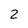
Character: 2